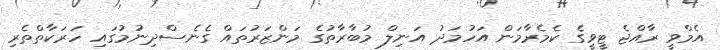
އެމްވީ ރާއްޖެ ޓީވީގެ ކެމެރާމަން އަހުމަދު އަނިލް މުބާރާތުގެ މަންޒަރުތައް ގެނެސްދިނުމުގައި ހަރަކާތްތެރި